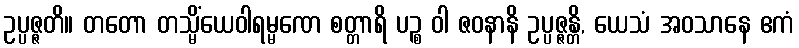
ဥပ္ပဇ္ဇတိ။ တတော တသ္မိံယေဝါရမ္မဏေ စတ္တာရိ ပဉ္စ ဝါ ဇဝနာနိ ဥပ္ပဇ္ဇန္တိ, ယေသံ အဝသာနေ ဧကံ